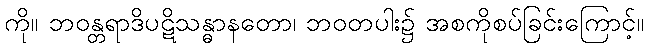
ကို။ ဘဝန္တရာဒိပဋိသန္ဓာနတော၊ ဘဝတပါး၌ အစကိုစပ်ခြင်းကြောင့်။